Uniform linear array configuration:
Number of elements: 16
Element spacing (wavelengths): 0.25
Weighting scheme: exponential
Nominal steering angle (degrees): -15
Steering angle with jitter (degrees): -13.224
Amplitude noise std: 0.05
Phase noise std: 0.05

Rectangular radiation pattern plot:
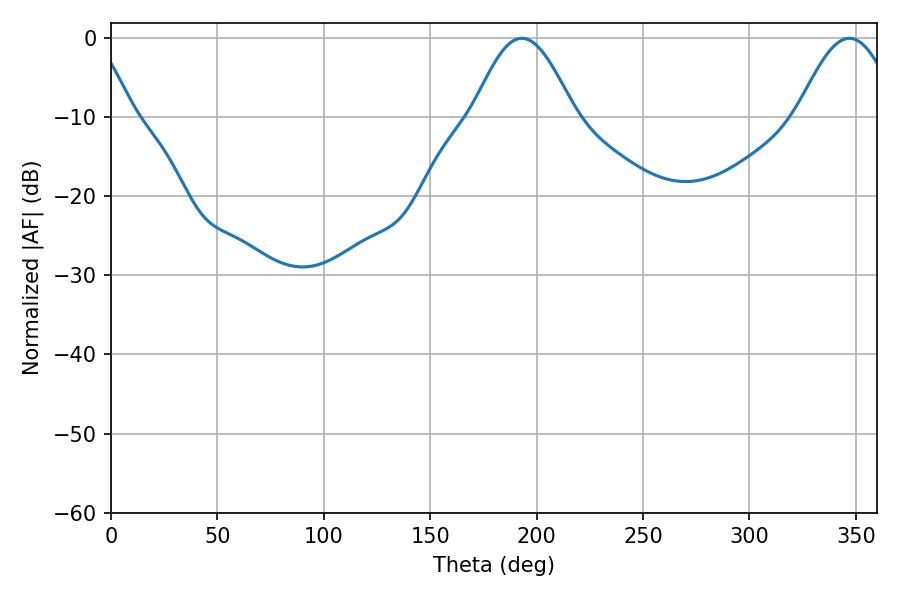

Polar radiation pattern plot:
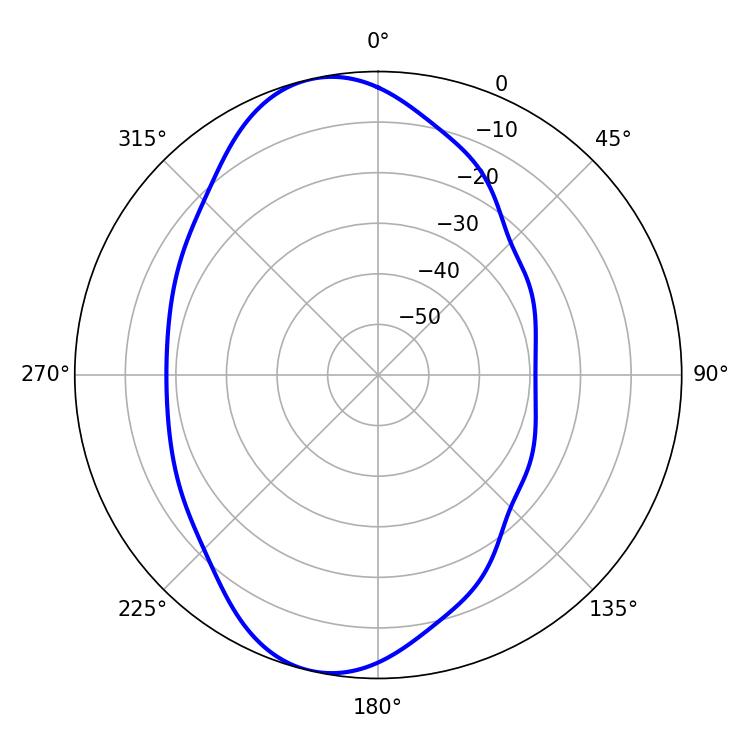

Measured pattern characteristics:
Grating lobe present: FALSE
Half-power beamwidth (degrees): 25.74
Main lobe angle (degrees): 193.14